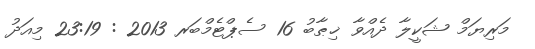
މަރިޔަމް ޝަކީލާ ދެއްވާ ޚިޠާބު 16 ސެޕްޓެމްބަރ 2013 : 23:19 މިއަދު